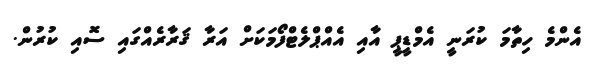
އެންމެ ހިތާމަ ކުރަނީ އެމްޑީޕީ އާއި އެއްޕްލެޓްފޯމަކަށް އަރާ ޤަރާރެއްގައި ސޮއި ކުރުން.